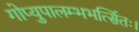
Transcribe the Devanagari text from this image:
गोप्युपालम्भभर्त्सितः।